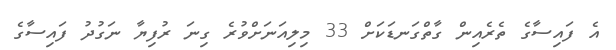
އެ ފައިސާގެ ތެރެއިން ގާތްގަނޑަކަށް 33 މިލިއަނަށްވުރެ ގިނަ ރުފިޔާ ނަގުދު ފައިސާގެ